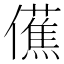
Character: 𫣾